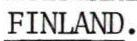
FINLAND.